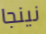
نينجا